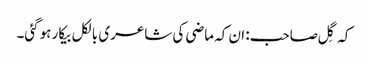
کہ گِل صاحب: ان کہ ماضی کی شاعری بالکل بیکار ہوگئی۔